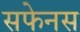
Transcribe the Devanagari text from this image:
सफेनस